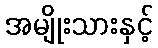
အမျိုးသားနှင့်